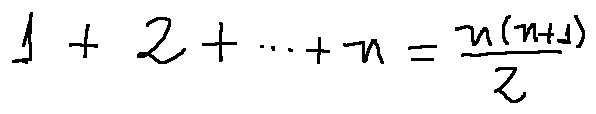
1 + 2 + \cdots + n = \frac { n ( n + 1 ) } { 2 }